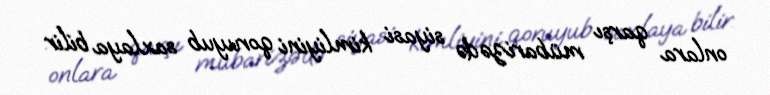
onlara qarşı mübarizədə siyasi kimliyini qoruyub saxlaya bilir.